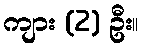
ကျား (2) ဦး။